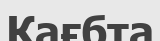
Кағбта